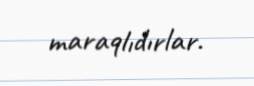
maraqlıdırlar.